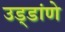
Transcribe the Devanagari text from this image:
उड्डांणे